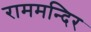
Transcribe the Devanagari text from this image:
राममन्दिर